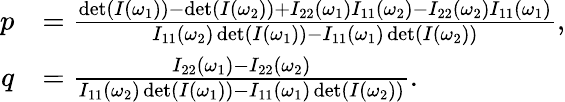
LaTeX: \begin{array}{rl}{p}&{=\frac{\operatorname*{det}(I(\omega_{1}))-\operatorname*{det}(I(\omega_{2}))+I_{22}(\omega_{1})I_{11}(\omega_{2})-I_{22}(\omega_{2})I_{11}(\omega_{1})}{I_{11}(\omega_{2})\operatorname*{det}(I(\omega_{1}))-I_{11}(\omega_{1})\operatorname*{det}(I(\omega_{2}))},}\\ {q}&{=\frac{I_{22}(\omega_{1})-I_{22}(\omega_{2})}{I_{11}(\omega_{2})\operatorname*{det}(I(\omega_{1}))-I_{11}(\omega_{1})\operatorname*{det}(I(\omega_{2}))}.}\end{array}